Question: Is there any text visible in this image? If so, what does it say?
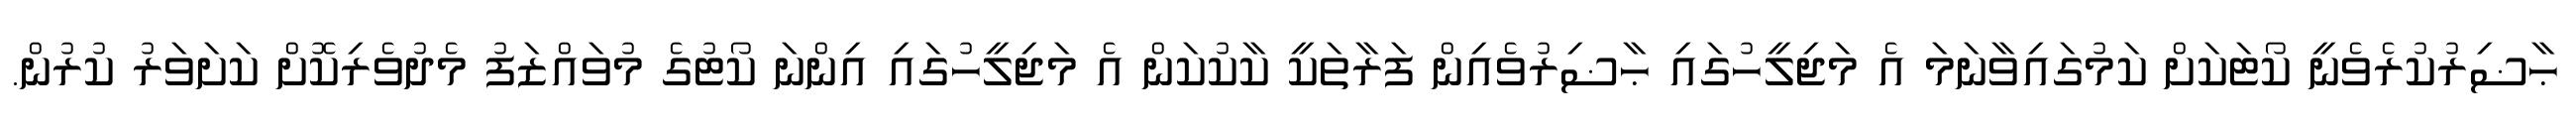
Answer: ޙާޟިރުކުރެވެނީ ކޯޓަކަށް ކަމުގައިވާނަމަ އެ މަޖިލީހުގައި ޙާޟިރުވެއިން ފަރާތަކީ ކާކުކަން އެ މަޖިލީހުގައި އިންނަ ކޯޓުގެ މުވައްޒަފު މެދުވެރިކޮށް ކަށަވަރު ކުރުން.